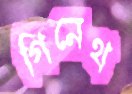
গিনেথ